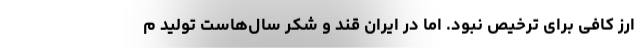
ارز کافی برای ترخیص نبود. اما در ایران قند و شکر سال‌هاست تولید م